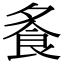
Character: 𩚏